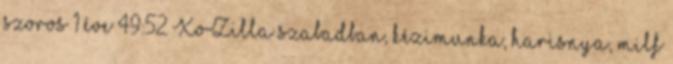
szoros 1 éve 49:52 XoZilla szabadban, kézimunka, harisnya, milf